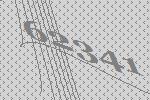
62341